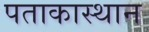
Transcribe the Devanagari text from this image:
पताकास्थान